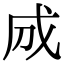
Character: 𢦓